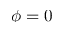
\phi = 0